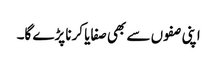
اپنی صفوں سے بھی صفایا کرنا پڑے گا۔